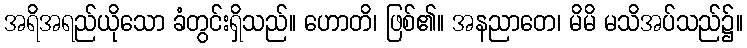
အရိအရည်ယိုသော ခံတွင်းရှိသည်။ ဟောတိ၊ ဖြစ်၏။ အနညာတေ၊ မိမိ မသိအပ်သည်၌။